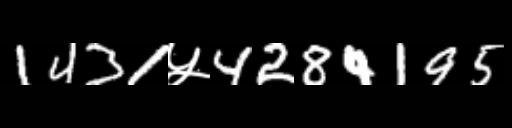
Text: 1431५4284195